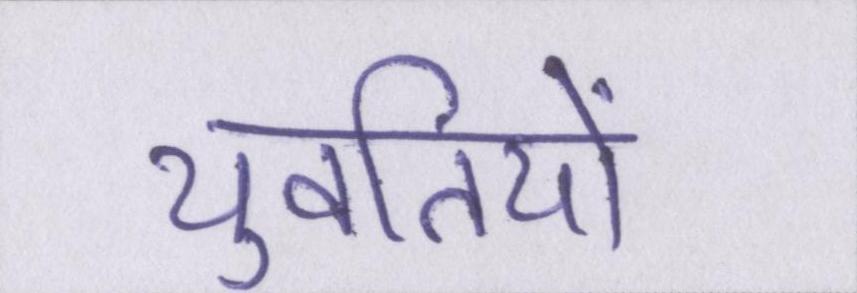
युवतियों